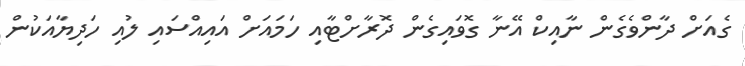
ގެއަށް ދާންވެގެން ނާއިކް އޭނާ ގޮވައިގެން ދޮރާށްޓާއި ހަމައަށް އައިއްސައި ލުއި ހަދިޔާއަކުން